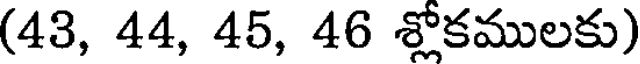
(43, 44, 45, 46 శ్లోకములకు)